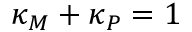
\kappa _ { M } + \kappa _ { P } = 1